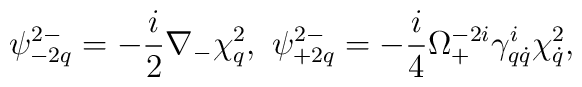
\psi^{2-}_{-2q}=-\frac{i}{2}\nabla_{-}\chi^2_q,\ \psi^{2-}_{+2q}=-\frac{i}{4}\Omega^{-2i}_+\gamma^i_{q\dot q}\chi ^2_{\dot q},